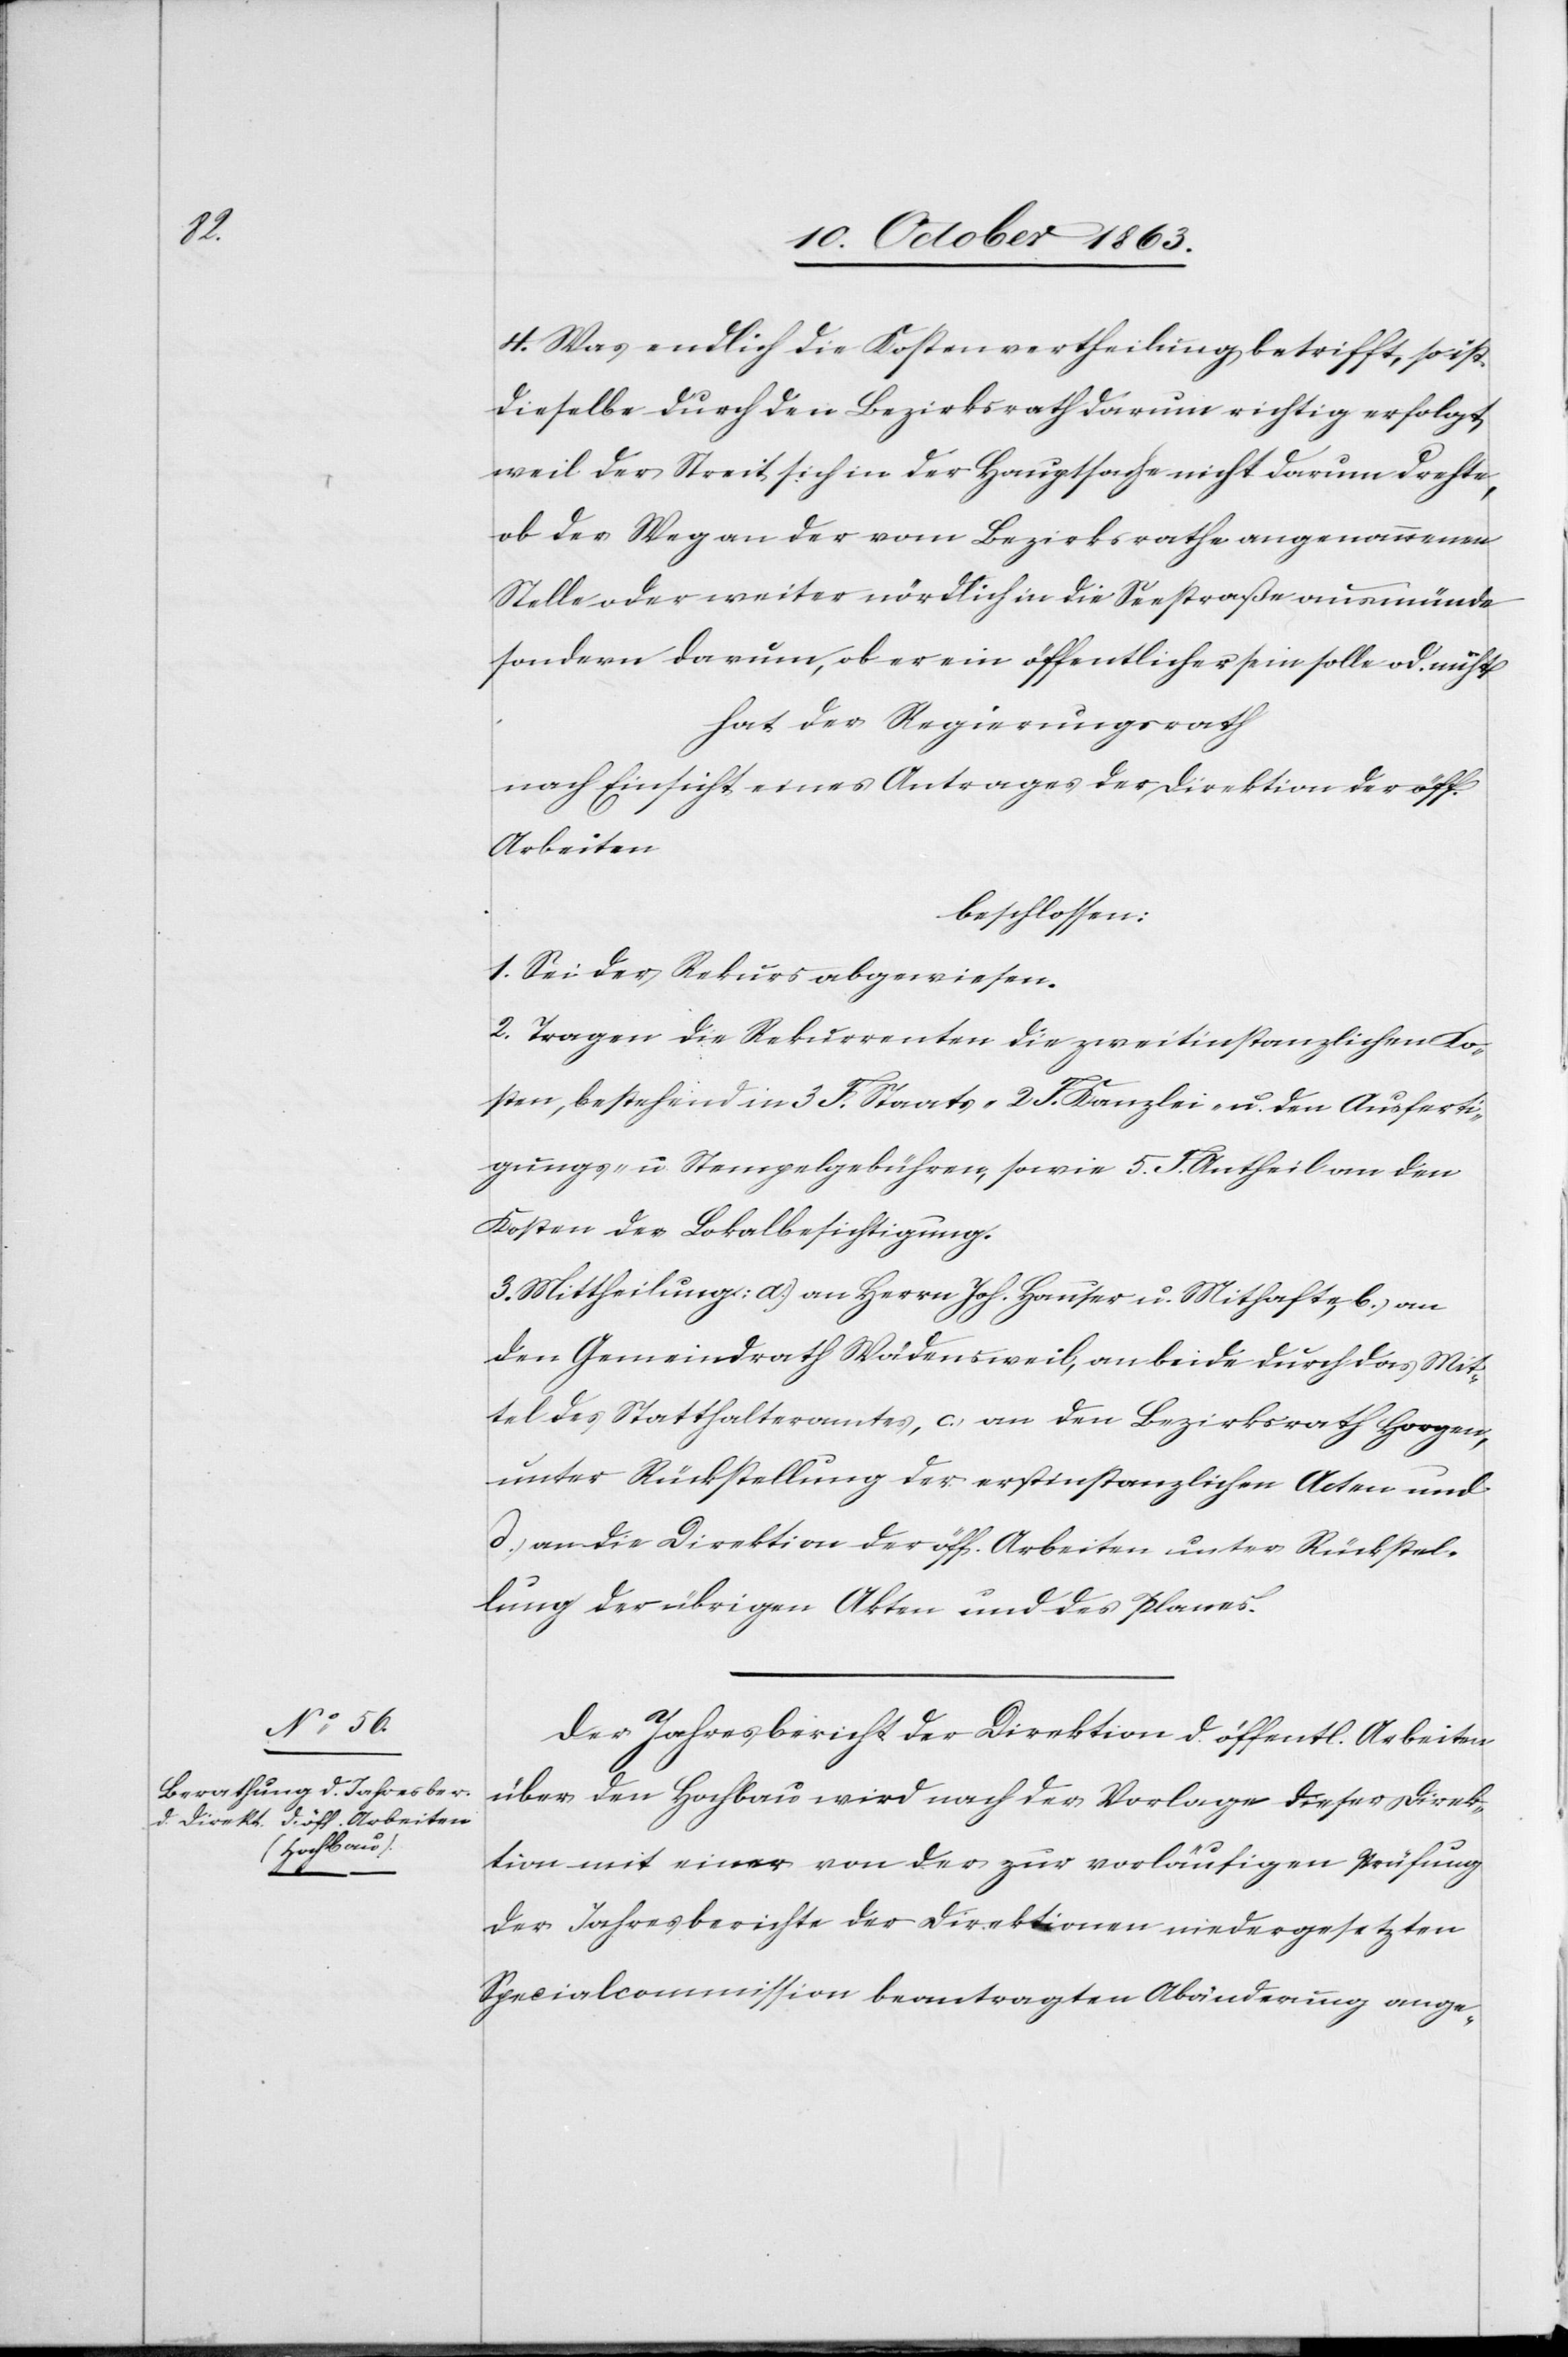
4. Was endlich die Kostenvertheilung betrifft, so ist
dieselbe durch den Bezirksrath darum richtig erfolgt,
weil der Streit sich in der Hauptsache nicht darum drehte,
ob der Weg an der vom Bezirksrathe angenommenen
Stelle oder weiter nördlich in die Seestraße ausmünde
sondern darum, ob er ein öffentlicher sein solle od. nicht,
hat der Regierungsrath
nach Einsicht eines Antrages der Direktion der öff.
Arbeiten
beschlossen:
1. Sei der Rekurs abgewiesen.
2. Tragen die Rekurrenten die zweitinstanzlichen Ko¬
sten, bestehend in 3 F. Staats-[,] 2 F. Kanzlei- u. den Ausferti¬
gungs- u. Stempelgebühren, sowie 5 F. Antheil an den
Kosten der Lokalbesichtigung.
3. Mittheilung: a.) an Herrn Joh. Hauser u. Mithafte, b.) an
den Gemeindrath Wädensweil, an beide durch das Mit¬
tel des Statthalteramtes, c.) an den Bezirksrath Horgen,
unter Rückstellung der erstinstanzlichen Acten und
d.) an die Direktion der öff. Arbeiten unter Rückstel¬
lung der übrigen Akten und des Planes.
Der Jahresbericht der Direktion d. öffentl. Arbeiten
über den Hochbau wird nach der Vorlage dieser Direk¬
tion mit einer von der zur vorläufigen Prüfung
der Jahresberichte der Direktionen niedergesetzten
Specialcommission beantragten Abänderung ange-